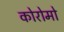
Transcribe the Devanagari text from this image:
कोरोमो